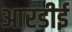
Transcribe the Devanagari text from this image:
आरडीई